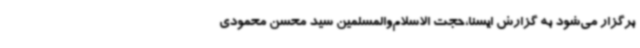
برگزار می‌شود به گزارش ایسنا،حجت الاسلام‌والمسلمین سید محسن محمودی